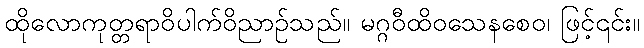
ထိုလောကုတ္တရာဝိပါက်ဝိညာဉ်သည်။ မဂ္ဂဝီထိဝသေနစေဝ၊ ဖြင့်၎င်း။